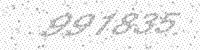
Solution: 991835